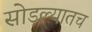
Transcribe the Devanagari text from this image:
सोडल्यातच